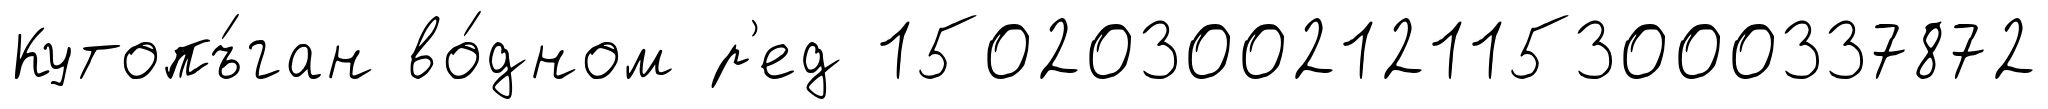
Кутопъ́ган во́дном р'ед 150203002121153000337872